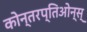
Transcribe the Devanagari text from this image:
कोन्तरप्तिओन्स्